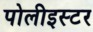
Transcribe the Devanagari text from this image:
पोलीइस्टर